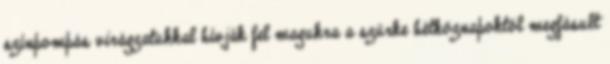
színpompás virágzatukkal hívják fel magukra a szürke hétköznapoktól megfásult